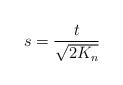
LaTeX: \begin{align*}s=\frac{t}{\sqrt{2K_n}}\end{align*}